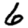
Digit: 6